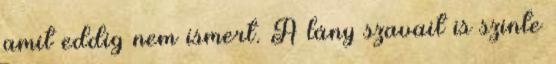
amit eddig nem ismert. A lány szavait is szinte